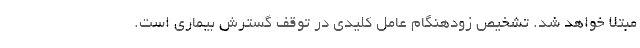
مبتلا خواهد شد. تشخیص زودهنگام عامل کلیدی در توقف گسترش بیماری است.